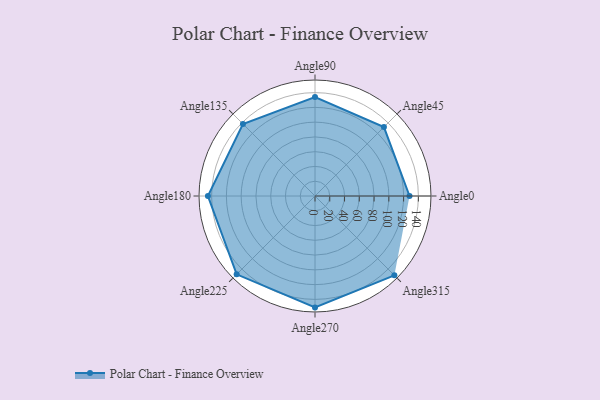
{"axis": {"x": "Angle", "y": "Radius"}, "legend": [""], "data": [{"x": "Angle0", "y": 128.0, "type": ""}, {"x": "Angle45", "y": 132.0, "type": ""}, {"x": "Angle90", "y": 134.0, "type": ""}, {"x": "Angle135", "y": 138.0, "type": ""}, {"x": "Angle180", "y": 145.0, "type": ""}, {"x": "Angle225", "y": 150.0, "type": ""}, {"x": "Angle270", "y": 151.0, "type": ""}, {"x": "Angle315", "y": 152.0, "type": ""}]}